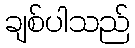
ချစ်ပါသည်